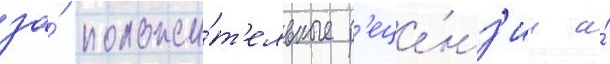
за́ положи́т'ельные р'еце́нз'ии и́